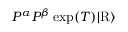
P ^ { \alpha } P ^ { \beta } \exp ( T ) \vert \mathrm { R } \rangle